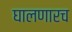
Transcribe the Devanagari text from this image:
घालणारच